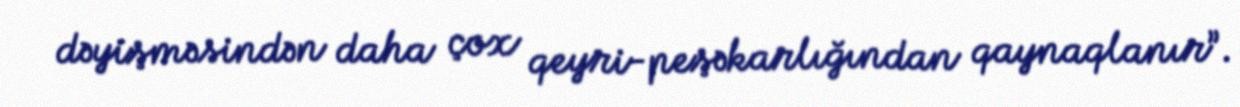
dəyişməsindən daha çox qeyri-peşəkarlığından qaynaqlanır”.